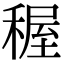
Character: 𥟽